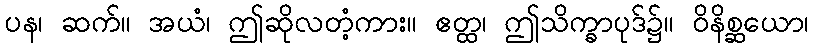
ပန၊ ဆက်။ အယံ၊ ဤဆိုလတံ့ကား။ ဧတ္ထ၊ ဤသိက္ခာပုဒ်၌။ ဝိနိစ္ဆယော၊